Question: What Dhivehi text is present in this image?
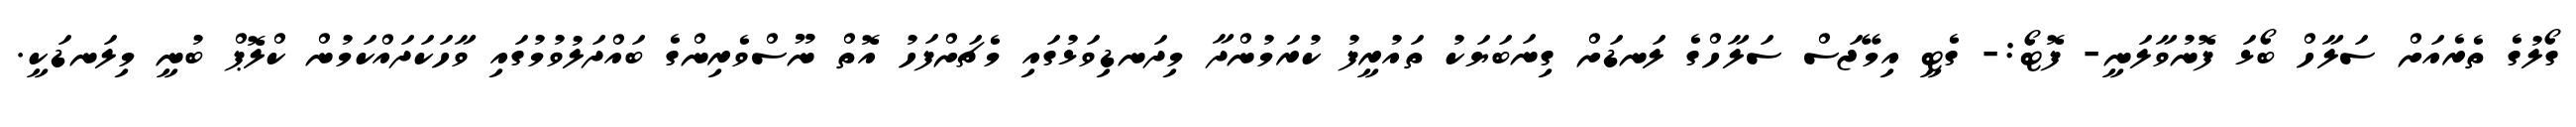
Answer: ގޯލުގެ ތެރެއަށް ސަލާހް ބޯޅަ ފޮނުވާލަނީ- ފޮޓޯ:- ގެޓީ އިމޭޖަސް ސަލާހްގެ ލަނޑަށް ގިނަބަޔަކު ތައުރީފު ކުރަމުންދާ މިދަނޑިވަޅުގައި މެޗަށްފަހު އޮތް ނޫސްވެރިންގެ ބައްދަލުވުމުގައި ވާހަކަދައްކަމުން ކްލޮޕް ބުނީ މިލަނޑަކީ.